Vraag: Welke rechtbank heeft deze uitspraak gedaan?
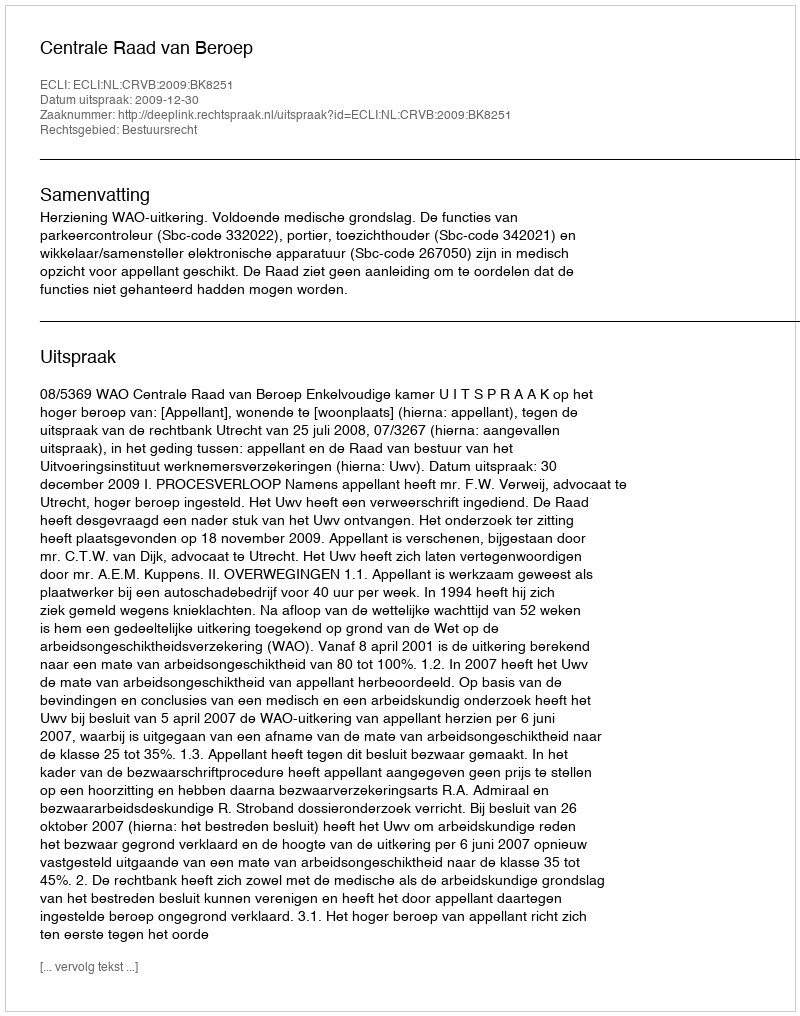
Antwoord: Centrale Raad van Beroep